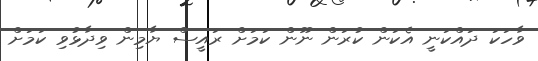
ވާހަކަ ދައްކަނީ އެކަން ކުރަން ނޫން ކަމަށް ރައީސް ޔާމިން ވިދާޅުވި ކަމަށް